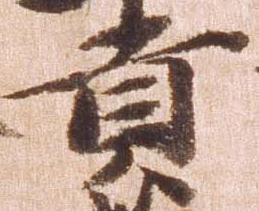
貢